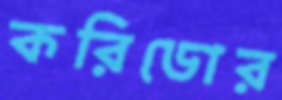
করিডোর